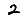
Digit: 2